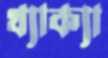
থ্যাক্যা